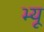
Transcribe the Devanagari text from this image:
भ्यू